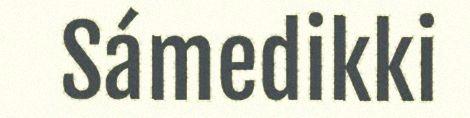
Sámedikki